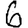
Digit: 6